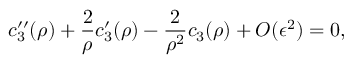
c _ { 3 } ^ { \prime \prime } ( \rho ) + \frac { 2 } { \rho } c _ { 3 } ^ { \prime } ( \rho ) - \frac { 2 } { \rho ^ { 2 } } c _ { 3 } ( \rho ) + O ( \epsilon ^ { 2 } ) = 0 ,